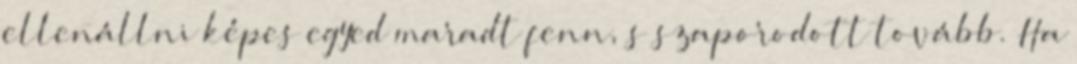
ellenállni képes egyed maradt fenn, s szaporodott tovább. Ha